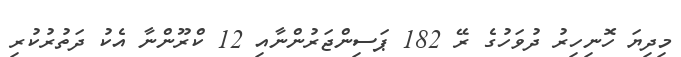
މިިދިޔަ ހޮނިހިރު ދުވަހުގެ ރޭ 182 ޕަސިންޖަރުންނާއި 12 ކްރޫންނާ އެކު ދަތުރުކުރި